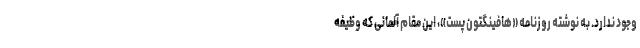
وجود ندارد. به نوشته روزنامه «هافینگتون پست»، این مقام آلمانی که وظیفه